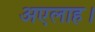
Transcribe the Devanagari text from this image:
अएलाह।